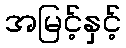
အမြင့်နှင့်